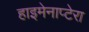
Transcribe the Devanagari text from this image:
हाइमेनाप्टेरा